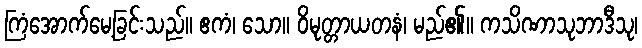
ကြံအောက်မေ့ခြင်းသည်။ ဧကံ၊ သော။ ဝိမုတ္တာယတနံ၊ မည်၏။ ကသိဏာသုဘာဒီသု၊